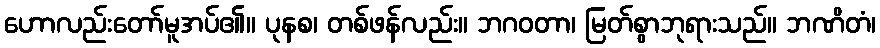
ဟောလည်းတော်မူအပ်၏။ ပုနစ၊ တစ်ဖန်လည်း။ ဘဂဝတာ၊ မြတ်စွာဘုရားသည်။ ဘဏိတံ၊